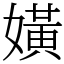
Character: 嫹